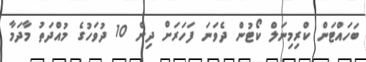
ބަހައްޓަން ކްރިމިނަލް ކޯޓުން ދެވަނަ ފަހަރަށް ދިން 10 ދުވަހުގެ މުއްދަތު މާދަމާ